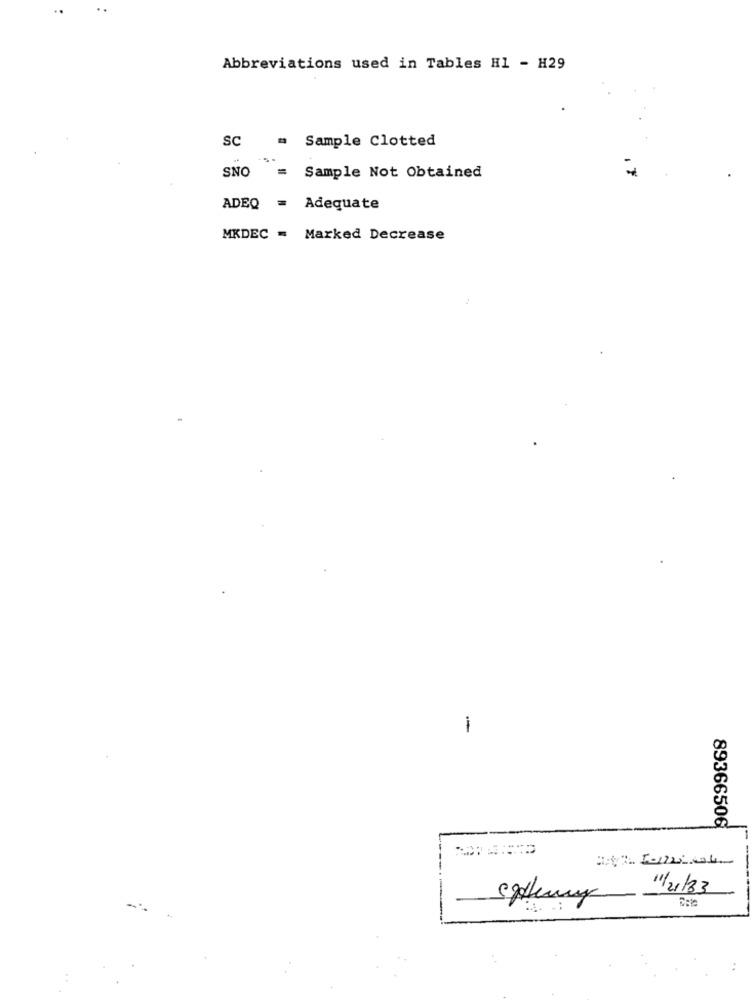
Abbreviations used in Tables H1 - H29
SC
Sample Clotted
*
SNO =
Sample Not Obtained
ADEQ = Adequate
MKDEC = Marked Decrease
-
89366506
11/21/33
-